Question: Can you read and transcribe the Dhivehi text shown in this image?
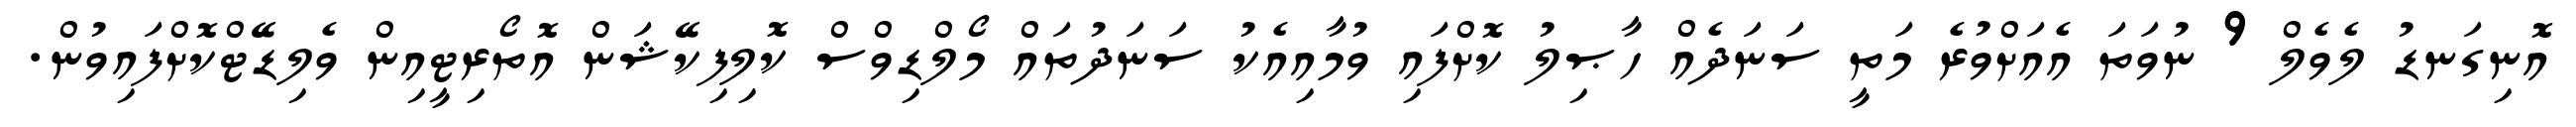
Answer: އޮނިގަނޑު ލެވެލް 9 ނުވަތަ އެއަށްވުރެ މަތީ ސަނަދެއް ހާޞިލު ކޮށްފައި ވުމާއިއެކު ސަނަދުތައް މޯލްޑިވްސް ކޮލިފިކޭޝަން އޮތޯރިޓީއިން ވެލިޑޭޓްކޮށްފައިވުން.